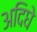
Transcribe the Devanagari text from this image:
अदिघे